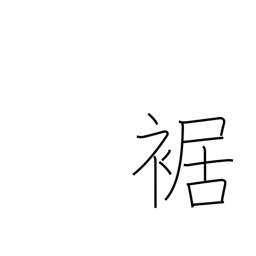
Meaning: cuff